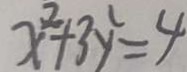
x ^ { 2 } + 3 y ^ { 2 } = 4